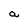
Character: a